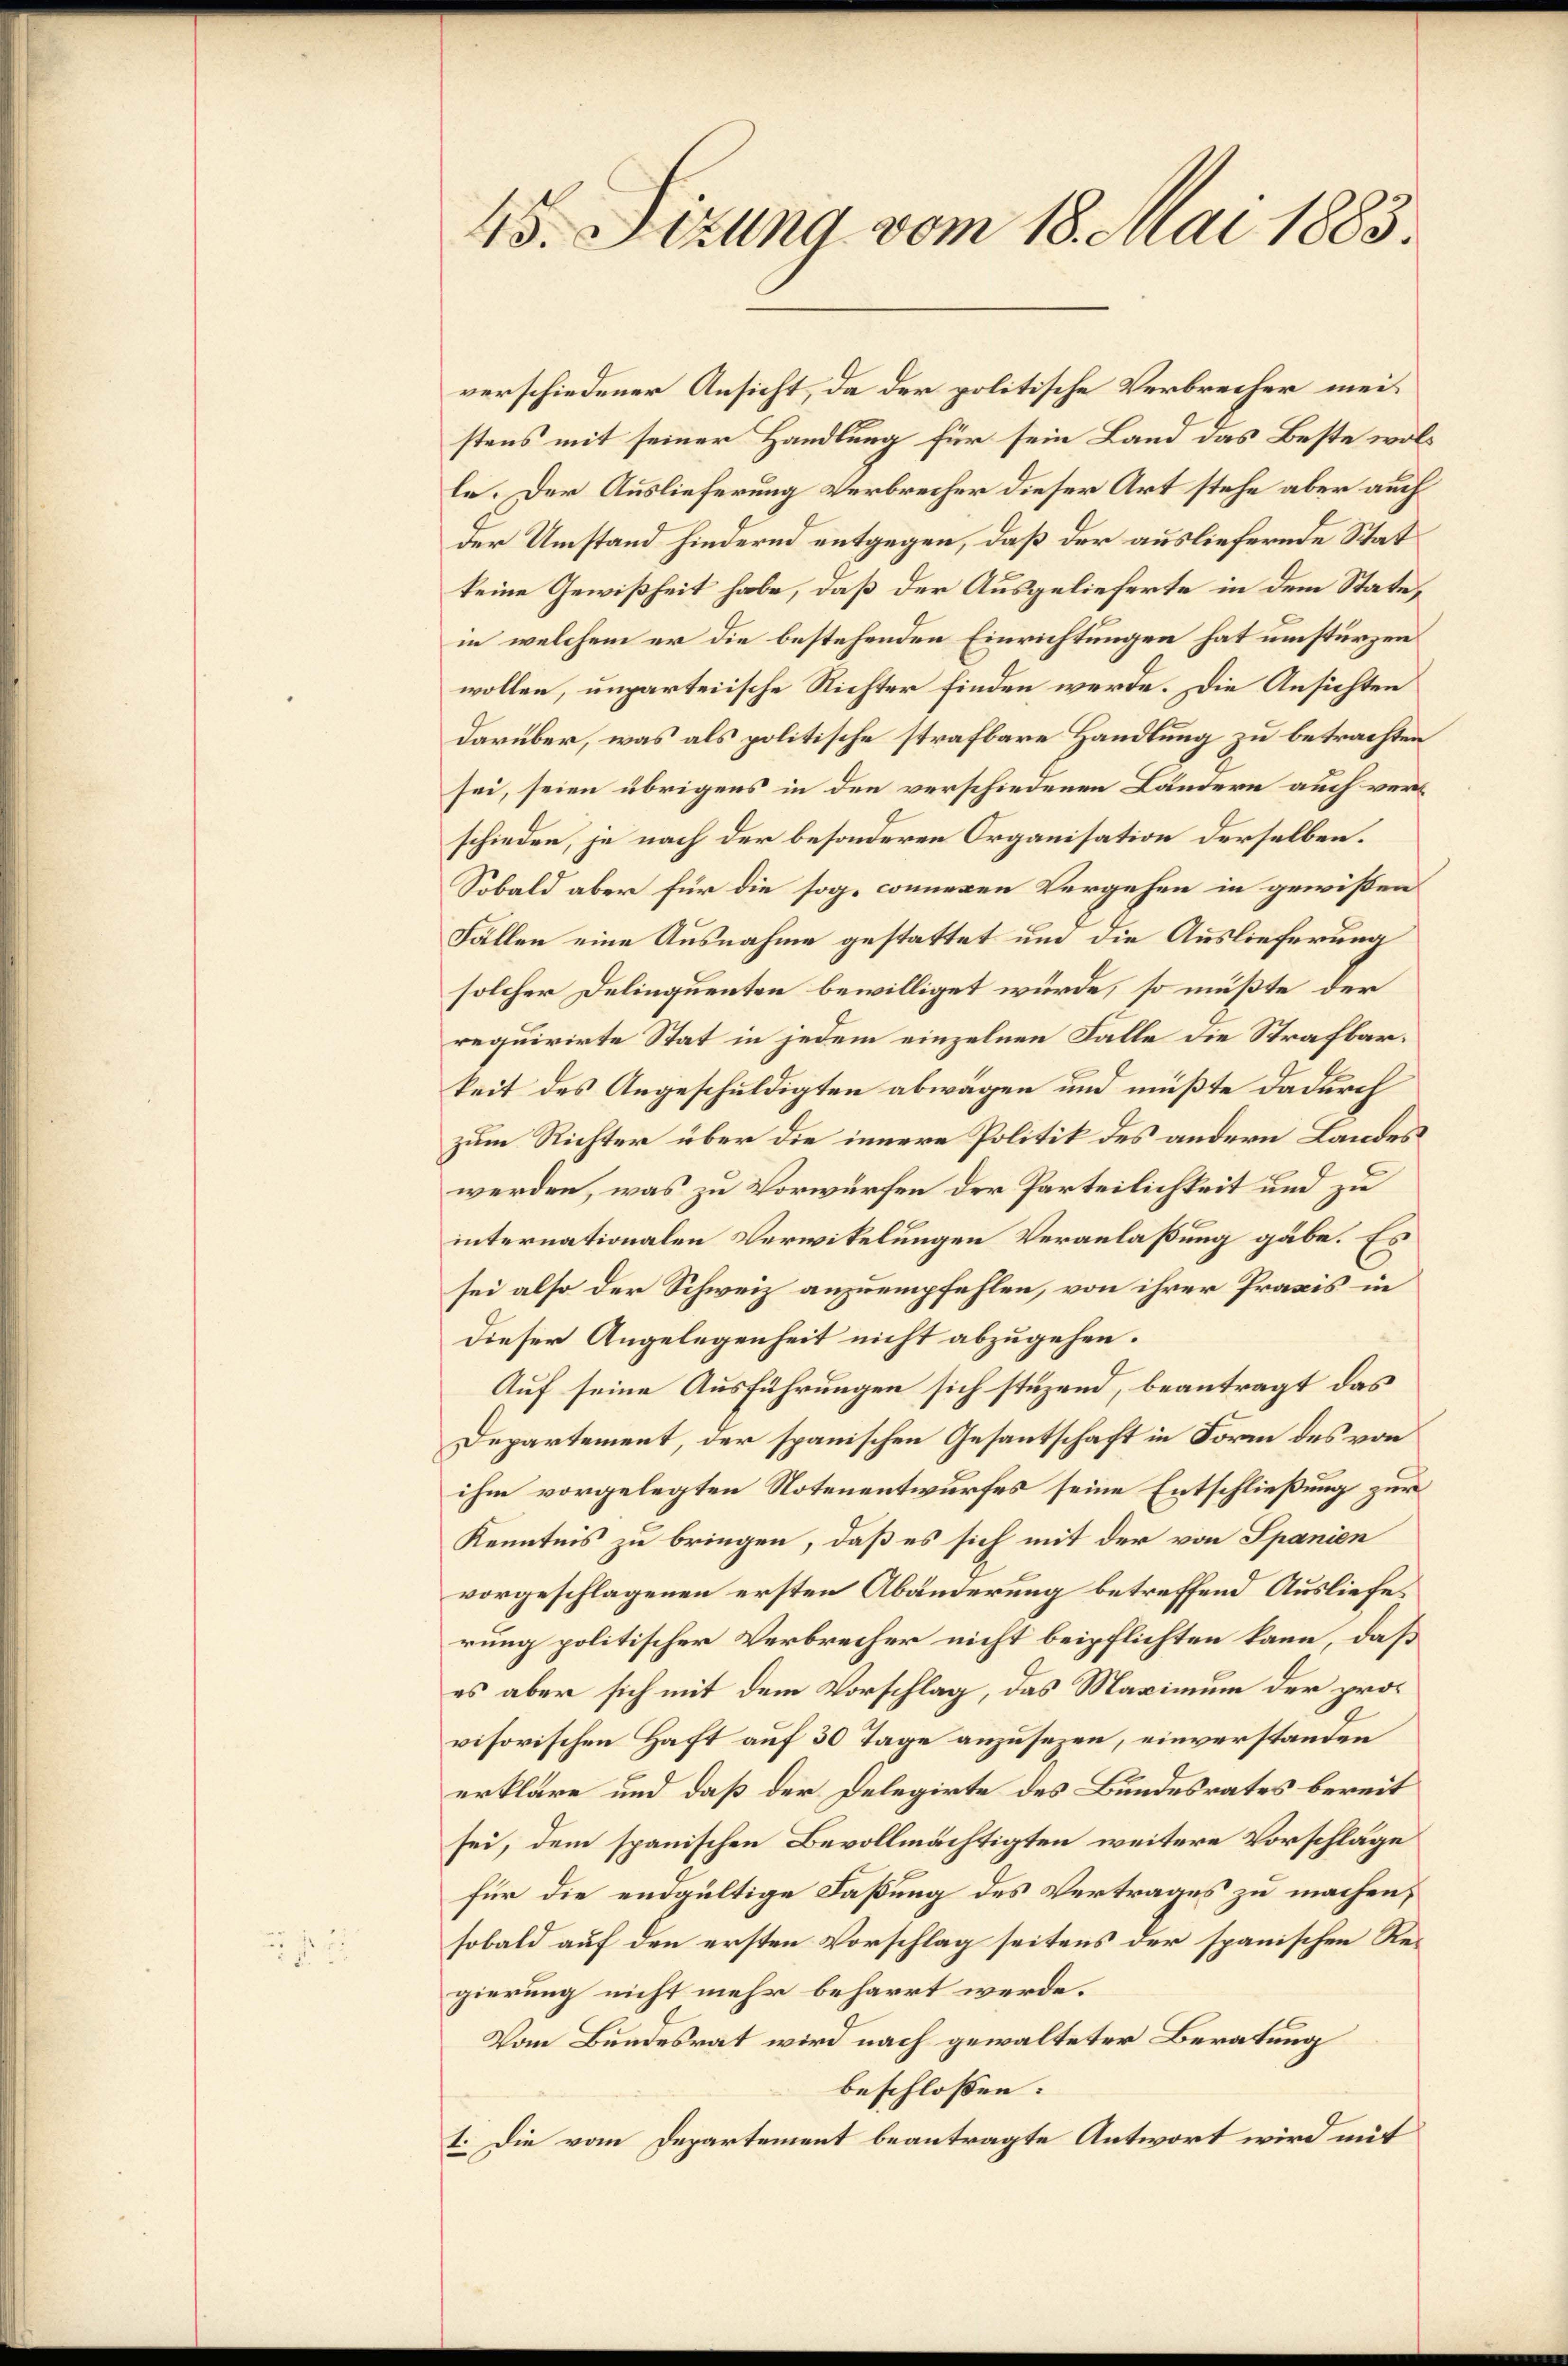
45. Sizung vom 18. Mai 1883.

verschiedener Ansicht, da der politische Verbrecher meistens mit seiner Handlung für sein Land das Beste wolle. Der Auslieferung Verbrecher dieser Art stehe aber auch
der Umstand hindernd entgegen, daß der ausliefernde Stat
keine Gewißheit habe, daß der Ausgelieferte in dem Stattin welchem er die bestehenden Einrichtungen hat umstürzen
wollen, unparteiische Richter finden werde. Die Ansichten
darüber, was als politische strafbare Handlung zu betrachten
sei, seien übrigens in den verschiedenen Ländern auch verschieden, je nach der besonderen Organisation derselben.
Sobald aber für die sog. conneren Vergehen in gewißen
Fällen eine Ausnahme gestattet und die Auslieferung
solcher Delinquenten bewilliget würde, so müßte der
requirirte Stat in jedem einzelnen Falle die Strafbarkeit des Angeschuldigten abwägen und müßte dadurch
zum Richter über die innere Politik des andern Landes
werden, was zu Vorwürfen der Parteilichkeit und zu
internationalen Verwikelungen Veranlaßung gäbe. Es
sei also der Schweiz anzuempfehlen, von ihrer Praxis in
dieser Angelegenheit nicht abzugehen.
Auf seine Ausführungen sich stüzend, beantragt das
Departement, der spanischen Gesantschaft in Form des von
ihm vorgelegten Notenentwurfes seine Entschließung zur
Kenntnis zu bringen, daß es sich mit der von Spanien
vorgeschlagenen ersten Abänderung betreffend Ausliefe.
rung politischer Verbrecher nicht beipflichten kann, daß
es aber sich mit dem Vorschlag, das Maximum der provisorischen Haft auf 30 Tage anzusezen, einverstanden
erkläre und daß der Delegirte des Bundesrates bereit
sei, dem spanischen Bevollmächtigten weitere Vorschläge
für die endgültige Faßung des Vertrages zu machen,
sobald auf den ersten Vorschlag seitens der spanischen Regierung nicht mehr beharrt werde.
Vom Bundesrat wird nach gewalteter Beratung
beschlossen:
1. Die vom Departement beantragte Antwort wird mit